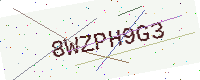
Text: 8WZPH9G3